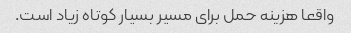
واقعا هزینه حمل برای مسیر بسیار کوتاه زیاد است.